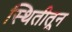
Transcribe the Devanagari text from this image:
स्थितीतून